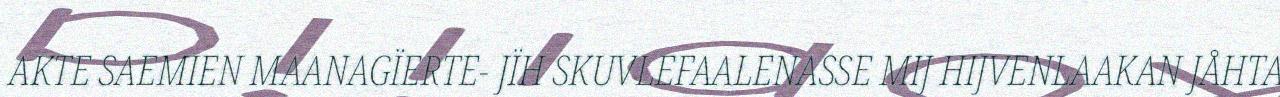
AKTE SAEMIEN MAANAGÏERTE- JÏH SKUVLEFAALENASSE MIJ HIJVENLAAKAN JÅHTA